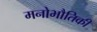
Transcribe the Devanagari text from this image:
मनोभौतिकी